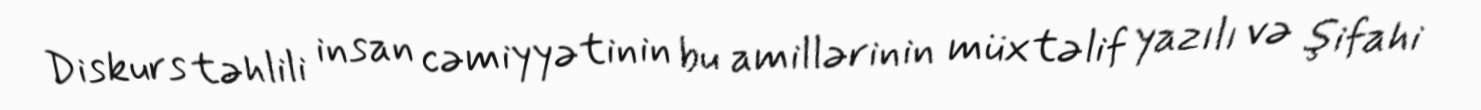
Diskurs təhlili insan cəmiyyətinin bu amillərinin müxtəlif yazılı və şifahi